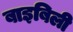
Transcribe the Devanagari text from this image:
बाइबिली